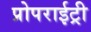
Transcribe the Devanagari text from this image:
प्रोपराईट्री